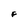
Character: F